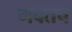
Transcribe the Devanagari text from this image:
गवतच